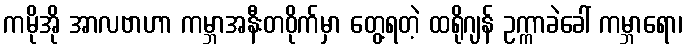
ကမိုအို အာလဗာဟာ ကမ္ဘာအနီးတဝိုက်မှာ တွေ့ရတဲ့ ထရိုဂျန် ဥက္ကာခဲခေါ် ကမ္ဘာရော၊